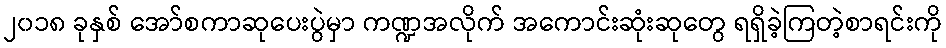
၂၀၁၈ ခုနှစ် အော်စကာဆုပေးပွဲမှာ ကဏ္ဍအလိုက် အကောင်းဆုံးဆုတွေ ရရှိခဲ့ကြတဲ့စာရင်းကို